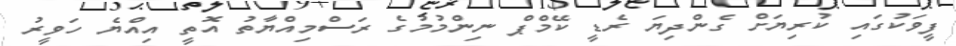
ފީވަކުގައި ކުރިޔަށް ގެންދިޔަ ރެޑީ ކޭމްޕް ނިންމުމުގެ ރަސްމިއްޔާތު އޮތީ އިއްޔެ ހަވީރު